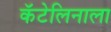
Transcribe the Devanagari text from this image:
कॅटेलिनाला